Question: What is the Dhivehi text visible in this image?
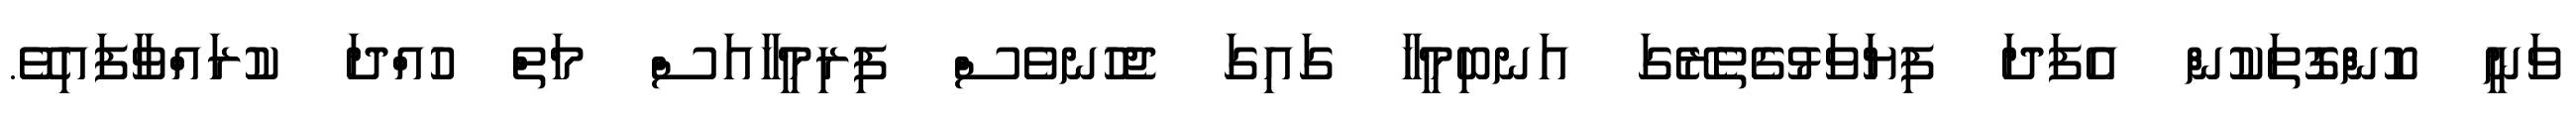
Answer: ވަނީ ކޮންގޮތަކުން އެފަދަ ފިޔަވަޅުގެތެރޭގަ އަނބިމީހާ ގައިގަ ޖެހުނވެސް ފިރިމީހާއަސް މަތް ހުއްދަ ކުރައްވާފައިވޭ.